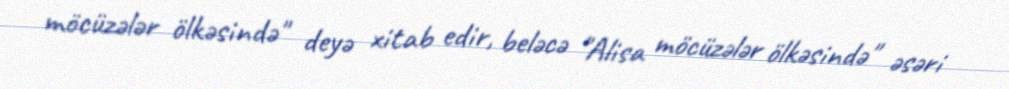
möcüzələr ölkəsində" deyə xitab edir, beləcə "Alisa möcüzələr ölkəsində" əsəri